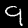
Label: 9